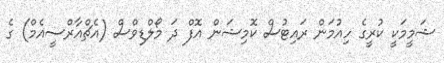
ޝަމީމަކީ ކުރީގެ ހިއުމަން ރައިޓުސް ކޮމިޝަން އޮފް ދަ މޯލްޑިވްސް (އެޗްއާރްސީއެމް) ގެ